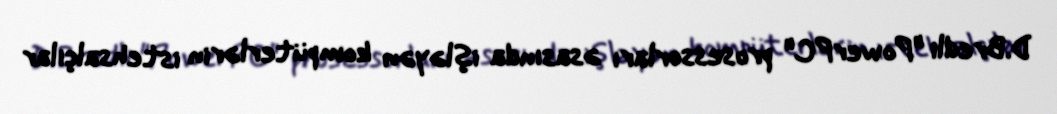
D.Bredli "PowerPC" prosessorları əsasında işləyən kompüterlərin istehsalçılar